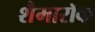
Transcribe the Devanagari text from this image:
शैमारॉक